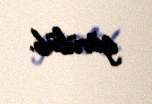
görülüb.